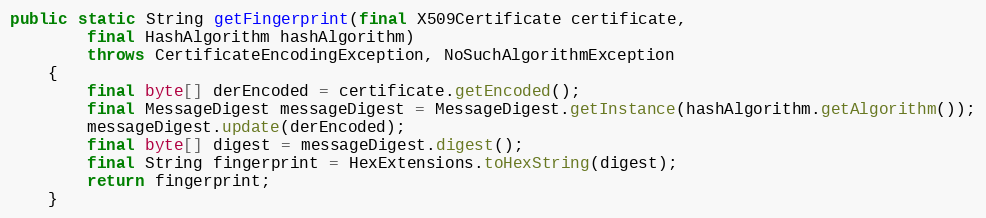
Language: Java
public static String getFingerprint(final X509Certificate certificate,
		final HashAlgorithm hashAlgorithm)
		throws CertificateEncodingException, NoSuchAlgorithmException
	{
		final byte[] derEncoded = certificate.getEncoded();
		final MessageDigest messageDigest = MessageDigest.getInstance(hashAlgorithm.getAlgorithm());
		messageDigest.update(derEncoded);
		final byte[] digest = messageDigest.digest();
		final String fingerprint = HexExtensions.toHexString(digest);
		return fingerprint;
	}